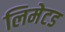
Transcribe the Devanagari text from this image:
लिमेटड